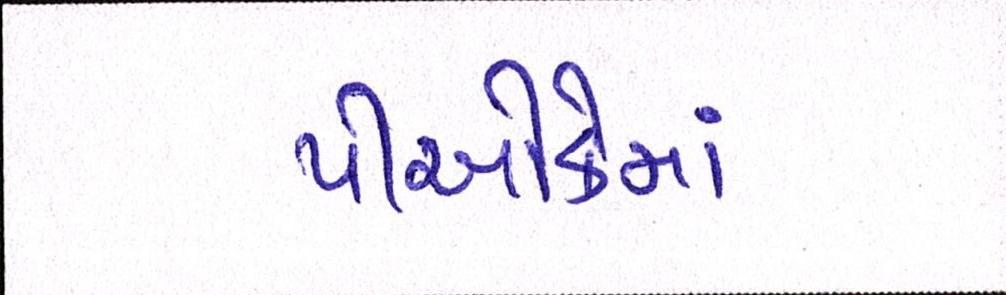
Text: પીઓકેમાં